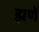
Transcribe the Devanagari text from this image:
झणें